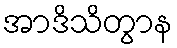
အာဒိသိတွာန